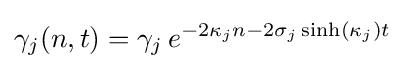
\gamma _{j}(n,t)=\gamma _{j}\,e^{-2\kappa _{j}n-2\sigma _{j}\sinh(\kappa _{j})t}